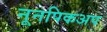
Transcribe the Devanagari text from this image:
नूनपिकअप